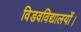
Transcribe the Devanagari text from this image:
विडवविद्यालयों।